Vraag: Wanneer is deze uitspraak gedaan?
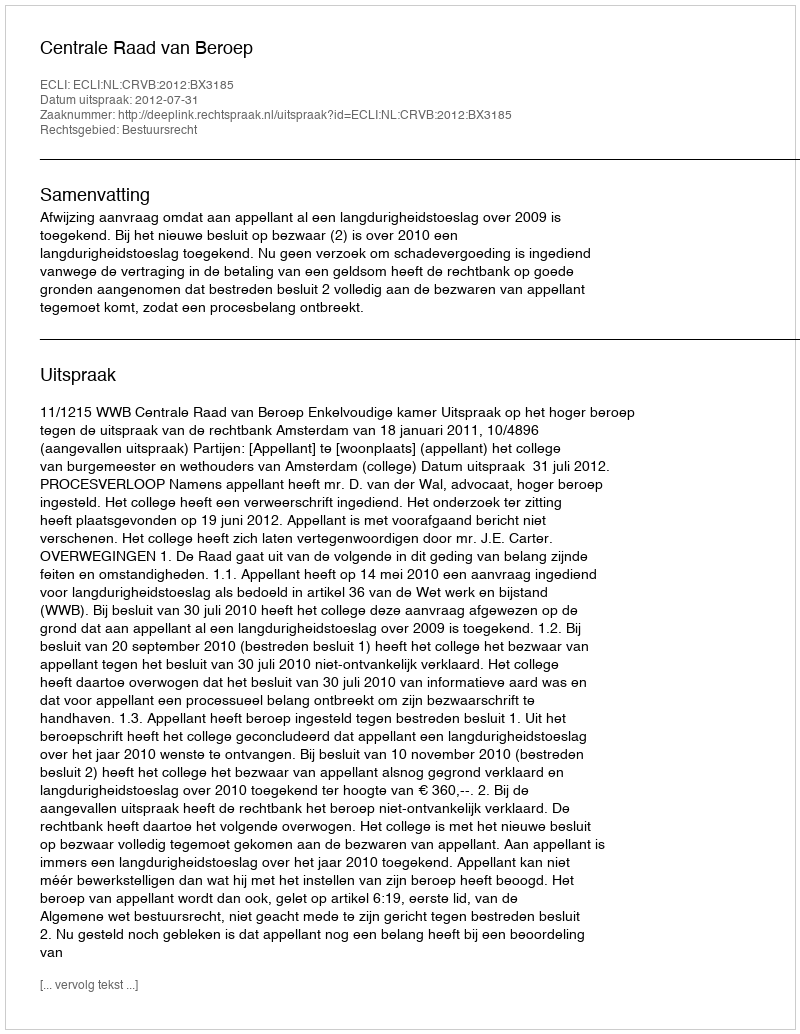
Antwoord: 2012-07-31